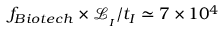
f _ { B i o t e c h } \times \mathcal { L } _ { _ { I } } / t _ { I } \simeq 7 \times 1 0 ^ { 4 }